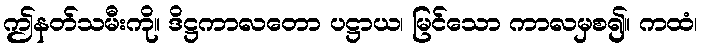
ဤနတ်သမီးကို။ ဒိဋ္ဌကာလတော ပဋ္ဌာယ၊ မြင်သော ကာလမှစ၍။ ကထံ၊